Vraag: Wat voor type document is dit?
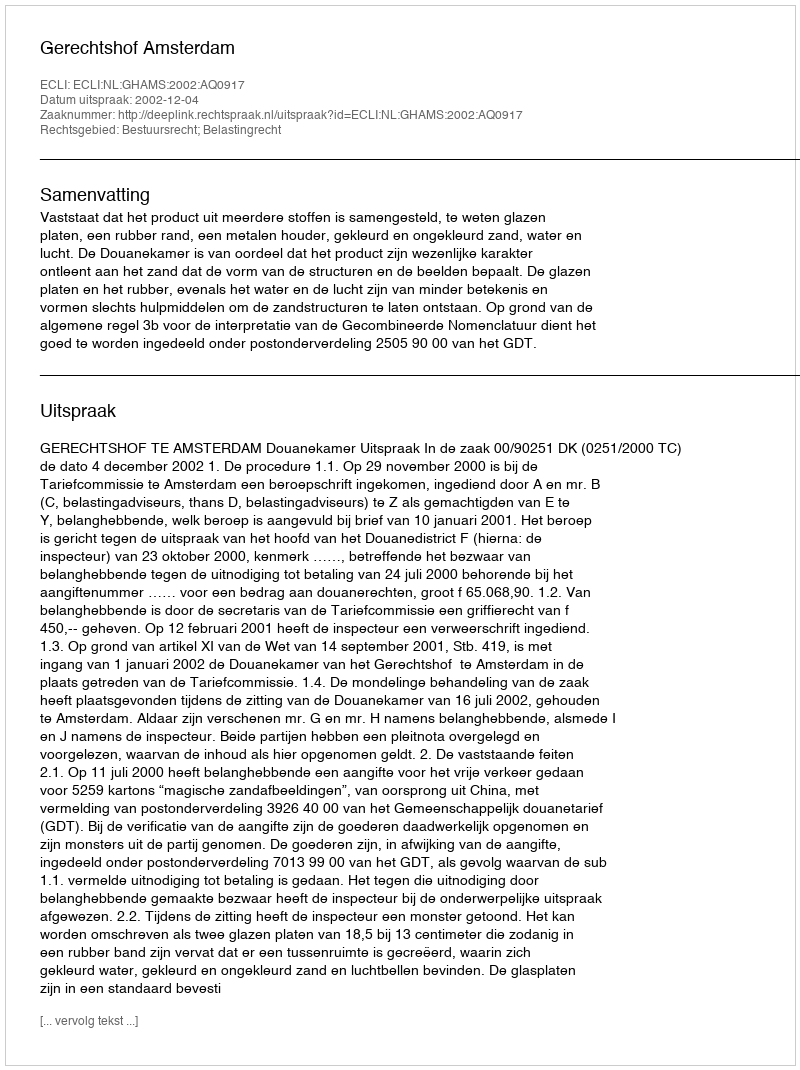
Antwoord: Uitspraak